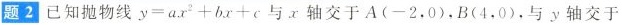
题2已知抛物线 $$y=ax^{2}+bx+c$$ x轴交于A(-2，0)，B(4，0)，与y轴交于